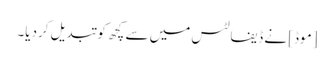
[موڈ] نے ڈیفالٹس میں سے کچھ کو تبدیل کردیا۔